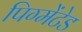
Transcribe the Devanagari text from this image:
पिग्मेंटेड